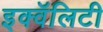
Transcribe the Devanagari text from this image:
इक्वॅलिटी